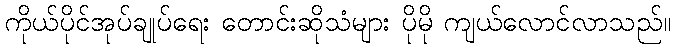
ကိုယ်ပိုင်အုပ်ချုပ်ရေး တောင်းဆိုသံများ ပိုမို ကျယ်လောင်လာသည်။